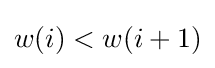
w(i)<w(i+1)